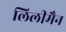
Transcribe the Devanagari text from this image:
लिलीमैन